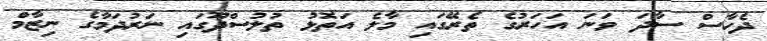
ދެހާސް ސާދަ ވަނަ އަހަރުގެ ތެރޭގައި މާލެ އަތޮޅު ތުލުސްދޫގައި ނަރުދަމާގެ ނިޒާމް